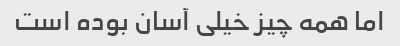
اما همه چیز خیلی آسان بوده است